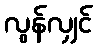
လွန်လျှင်